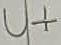
Text: U+